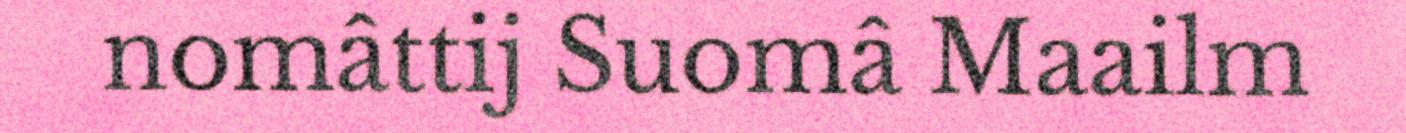
nomâttij Suomâ Maailm